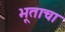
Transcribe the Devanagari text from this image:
भूताचा